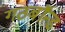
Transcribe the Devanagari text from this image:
गठबॉन्ड